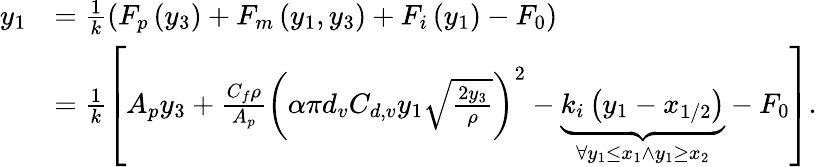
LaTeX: \begin{array}{rl}{y_{1}}&{=\frac{1}{k}\left(F_{p}\left(y_{3}\right)+F_{m}\left(y_{1},y_{3}\right)+F_{i}\left(y_{1}\right)-F_{0}\right)}\\ &{=\frac{1}{k}\left[A_{p}y_{3}+\frac{C_{f}\rho}{A_{p}}\left(\alpha\pi d_{v}C_{d,v}y_{1}\sqrt{\frac{2y_{3}}{\rho}}\right)^{2}-\underbrace{k_{i}\left(y_{1}-x_{1/2}\right)}_{\forall y_{1}\leq x_{1}\land y_{1}\geq x_{2}}-F_{0}\right].}\end{array}